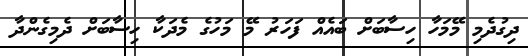
ދިގުދެމި މޭމަހާ ހިސާބަށް ބައެއް ފަހަރު މޭ މަހުގެ މެދަކާ ހިސާބަށް ދެމިގެންދާ